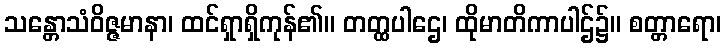
သန္တောသံဝိဇ္ဇမာနာ၊ ထင်ရှာရှိကုန်၏။ တတ္ထပါဌေ၊ ထိုမာတိကာပါဌ်၌။ စတ္တာရော၊